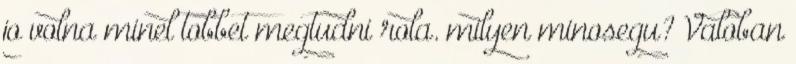
jo volna minel tobbet megtudni rola. milyen minosegu? Valoban